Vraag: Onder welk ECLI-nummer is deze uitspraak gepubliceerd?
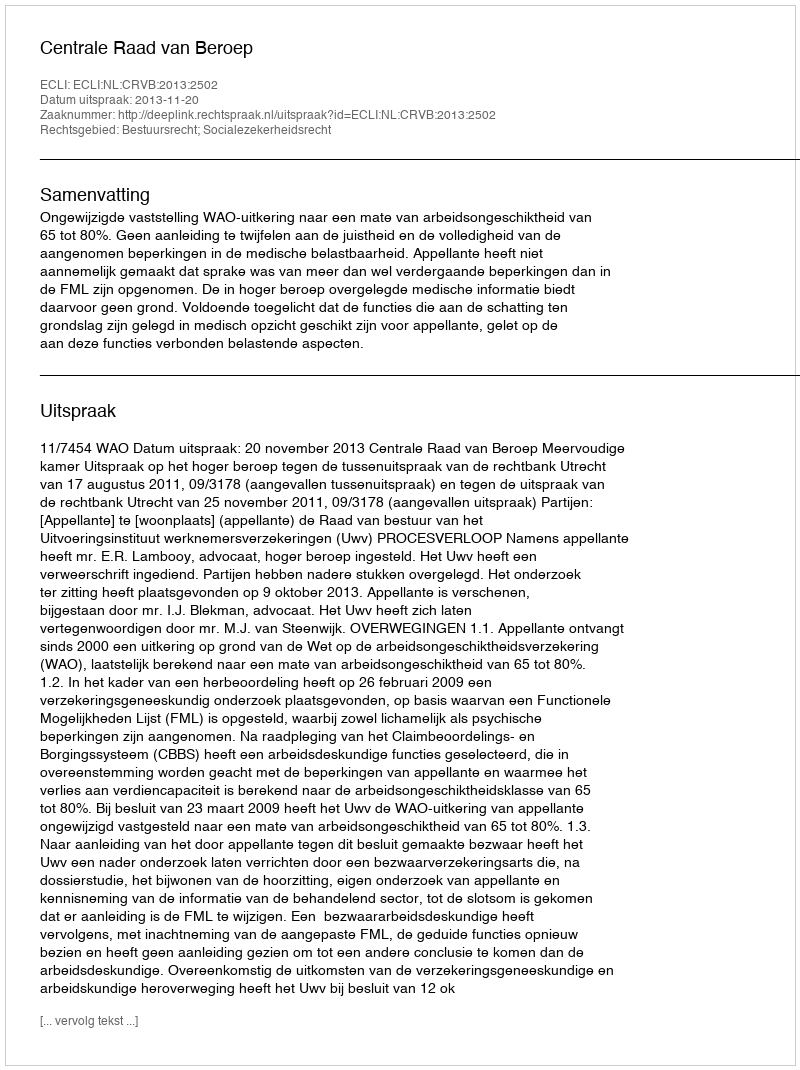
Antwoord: ECLI:NL:CRVB:2013:2502